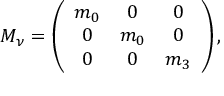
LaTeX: { \cal M } _ { \nu } = \left( \begin{array} { c c c } { { m _ { 0 } } } & { { 0 } } & { { 0 } } \\ { { 0 } } & { { m _ { 0 } } } & { { 0 } } \\ { { 0 } } & { { 0 } } & { { m _ { 3 } } } \end{array} \right) ,